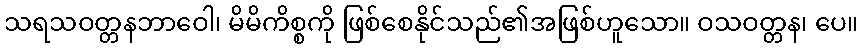
သရသဝတ္တနဘာဝေါ၊ မိမိကိစ္စကို ဖြစ်စေနိုင်သည်၏အဖြစ်ဟူသော။ ဝသဝတ္တန၊ ပေ။